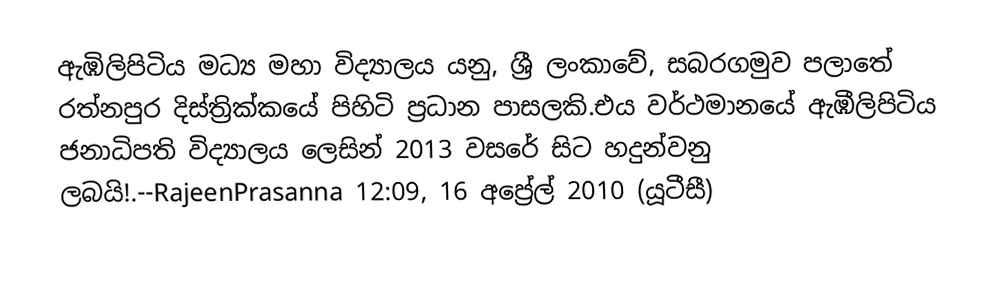
ඇඹිලිපිටිය මධ්‍ය මහා විද්‍යාලය යනු, ශ්‍රී ලංකාවේ, සබරගමුව පලාතේ රත්නපුර දිස්ත්‍රික්කයේ පිහිටි ප්‍රධාන පාසලකි.එය වර්ථමානයේ ඇඹීලිපිටිය ජනාධිපති විද්‍යාලය ලෙසින් 2013 වසරේ සිට හදුන්වනු ලබයි!.--RajeenPrasanna 12:09, 16 අප්‍රේල් 2010 (යූටීසී)